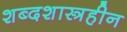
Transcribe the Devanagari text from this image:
शब्दशास्त्रहीन